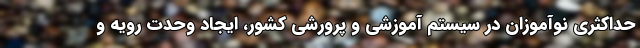
حداکثری نوآموزان در سیستم آموزشی و پرورشی کشور، ایجاد وحدت رویه و